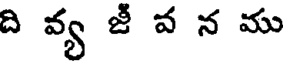
ది వ్య జీ వ న ము